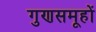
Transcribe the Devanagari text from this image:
गुणसमूहों